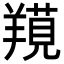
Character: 𦎽